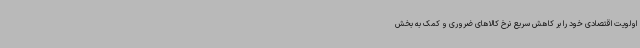
اولویت اقتصادی خود را بر کاهش سریع نرخ کالاهای ضروری و کمک به بخش